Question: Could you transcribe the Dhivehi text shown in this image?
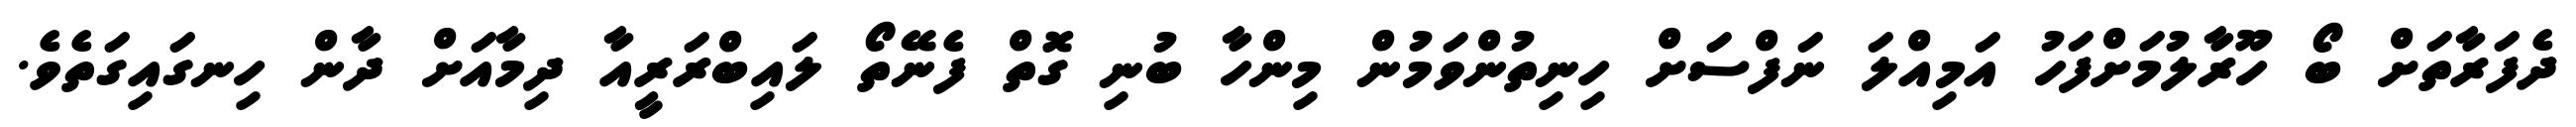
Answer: ދެފަރާތަށް ބޯ ހޫރާލުމަށްފަހު އަމިއްލަ ނަފްސަށް ހިނިތުންވަމުން މިންހާ ބުނި ގޮތް ފެނޭތޯ ލައިބްރަރީއާ ދިމާއަށް ދާން ހިނގައިގަތެވެ.